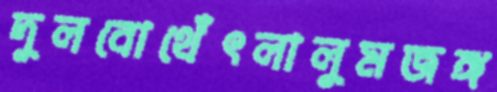
দুলবোথেঁৎলালুমজঙ্গ